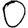
Digit: 0